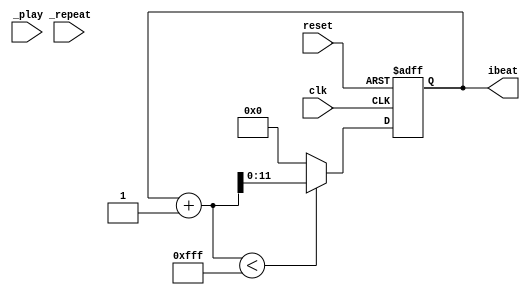
module player_control (
	input clk,
	input reset,
	input _play,
	input _repeat,
	output reg [11:0] ibeat
);
	parameter LEN = 4095;
    reg [11:0] next_ibeat;

	always @(posedge clk, posedge reset) begin
		if (reset)
			ibeat <= 0;
		else begin
            ibeat <= next_ibeat;
		end
	end

    always @* begin
        next_ibeat = (ibeat + 1 < LEN) ? (ibeat + 1) : 12'd0;
    end

endmodule